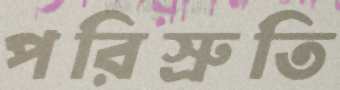
পরিস্রুতি